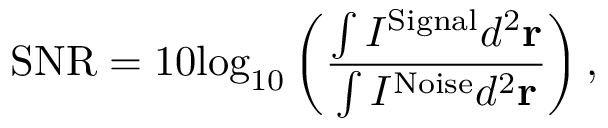
\mathrm { S N R } = 1 0 { { \log } _ { 1 0 } } \left( \frac { \int { { { I } ^ { \mathrm { S i g n a l } } } } { { d } ^ { 2 } } { \bf { r } } } { \int { { { I } ^ { \mathrm { N o i s e } } } } { { d } ^ { 2 } } { \bf { r } } } \right) ,